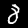
Label: 8